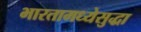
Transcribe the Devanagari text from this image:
भारतामध्येसुद्धा